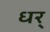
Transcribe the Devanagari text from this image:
धर्